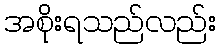
အစိုးရသည်လည်း